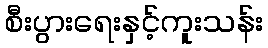
စီးပွားရေးနှင့်ကူးသန်း